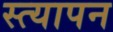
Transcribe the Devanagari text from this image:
स्त्यापन